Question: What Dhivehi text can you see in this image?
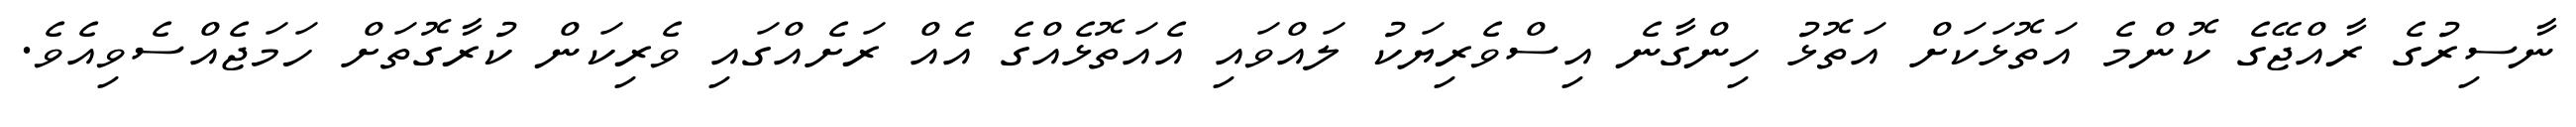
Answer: ނާސިރުގެ ރާއްޖޭގެ ކޮންމެ އަތޮޅަކަށް އަތޮޅު ހިންގާނެ އިސްވެރިޔަކު ލައްވައި އެއަތޮޅެއްގެ އެއް ރަށެއްގައި ވެރިކަން ކުރާގޮތަށް ހަމަޖެއްސެވިއެވެ.